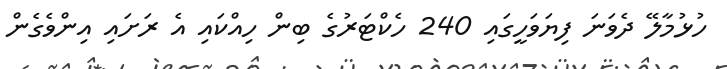
ހުޅުމާލޭ ދެވަނަ ފިޔަވަހީގައި 240 ހެކްޓަރުގެ ބިން ހިއްކައި އެ ރަށައި އިންވެގެން